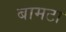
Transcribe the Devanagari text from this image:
बामटा